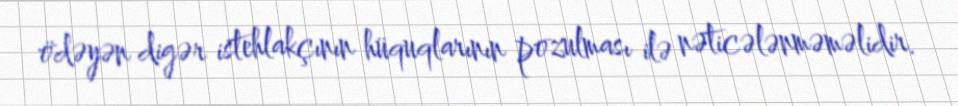
ödəyən digər istehlakçının hüquqlarının pozulması ilə nəticələnməməlidir.